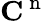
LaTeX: \mathbf{C}^{\mathrm{~n~}}